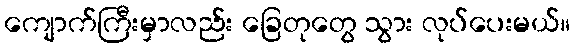
ကျောက်ကြီးမှာလည်း ခြေတုတွေ သွား လုပ်ပေးမယ်။